38_143685_box_Incident_Summaries_173-233
Agency: Department of War
Page 76
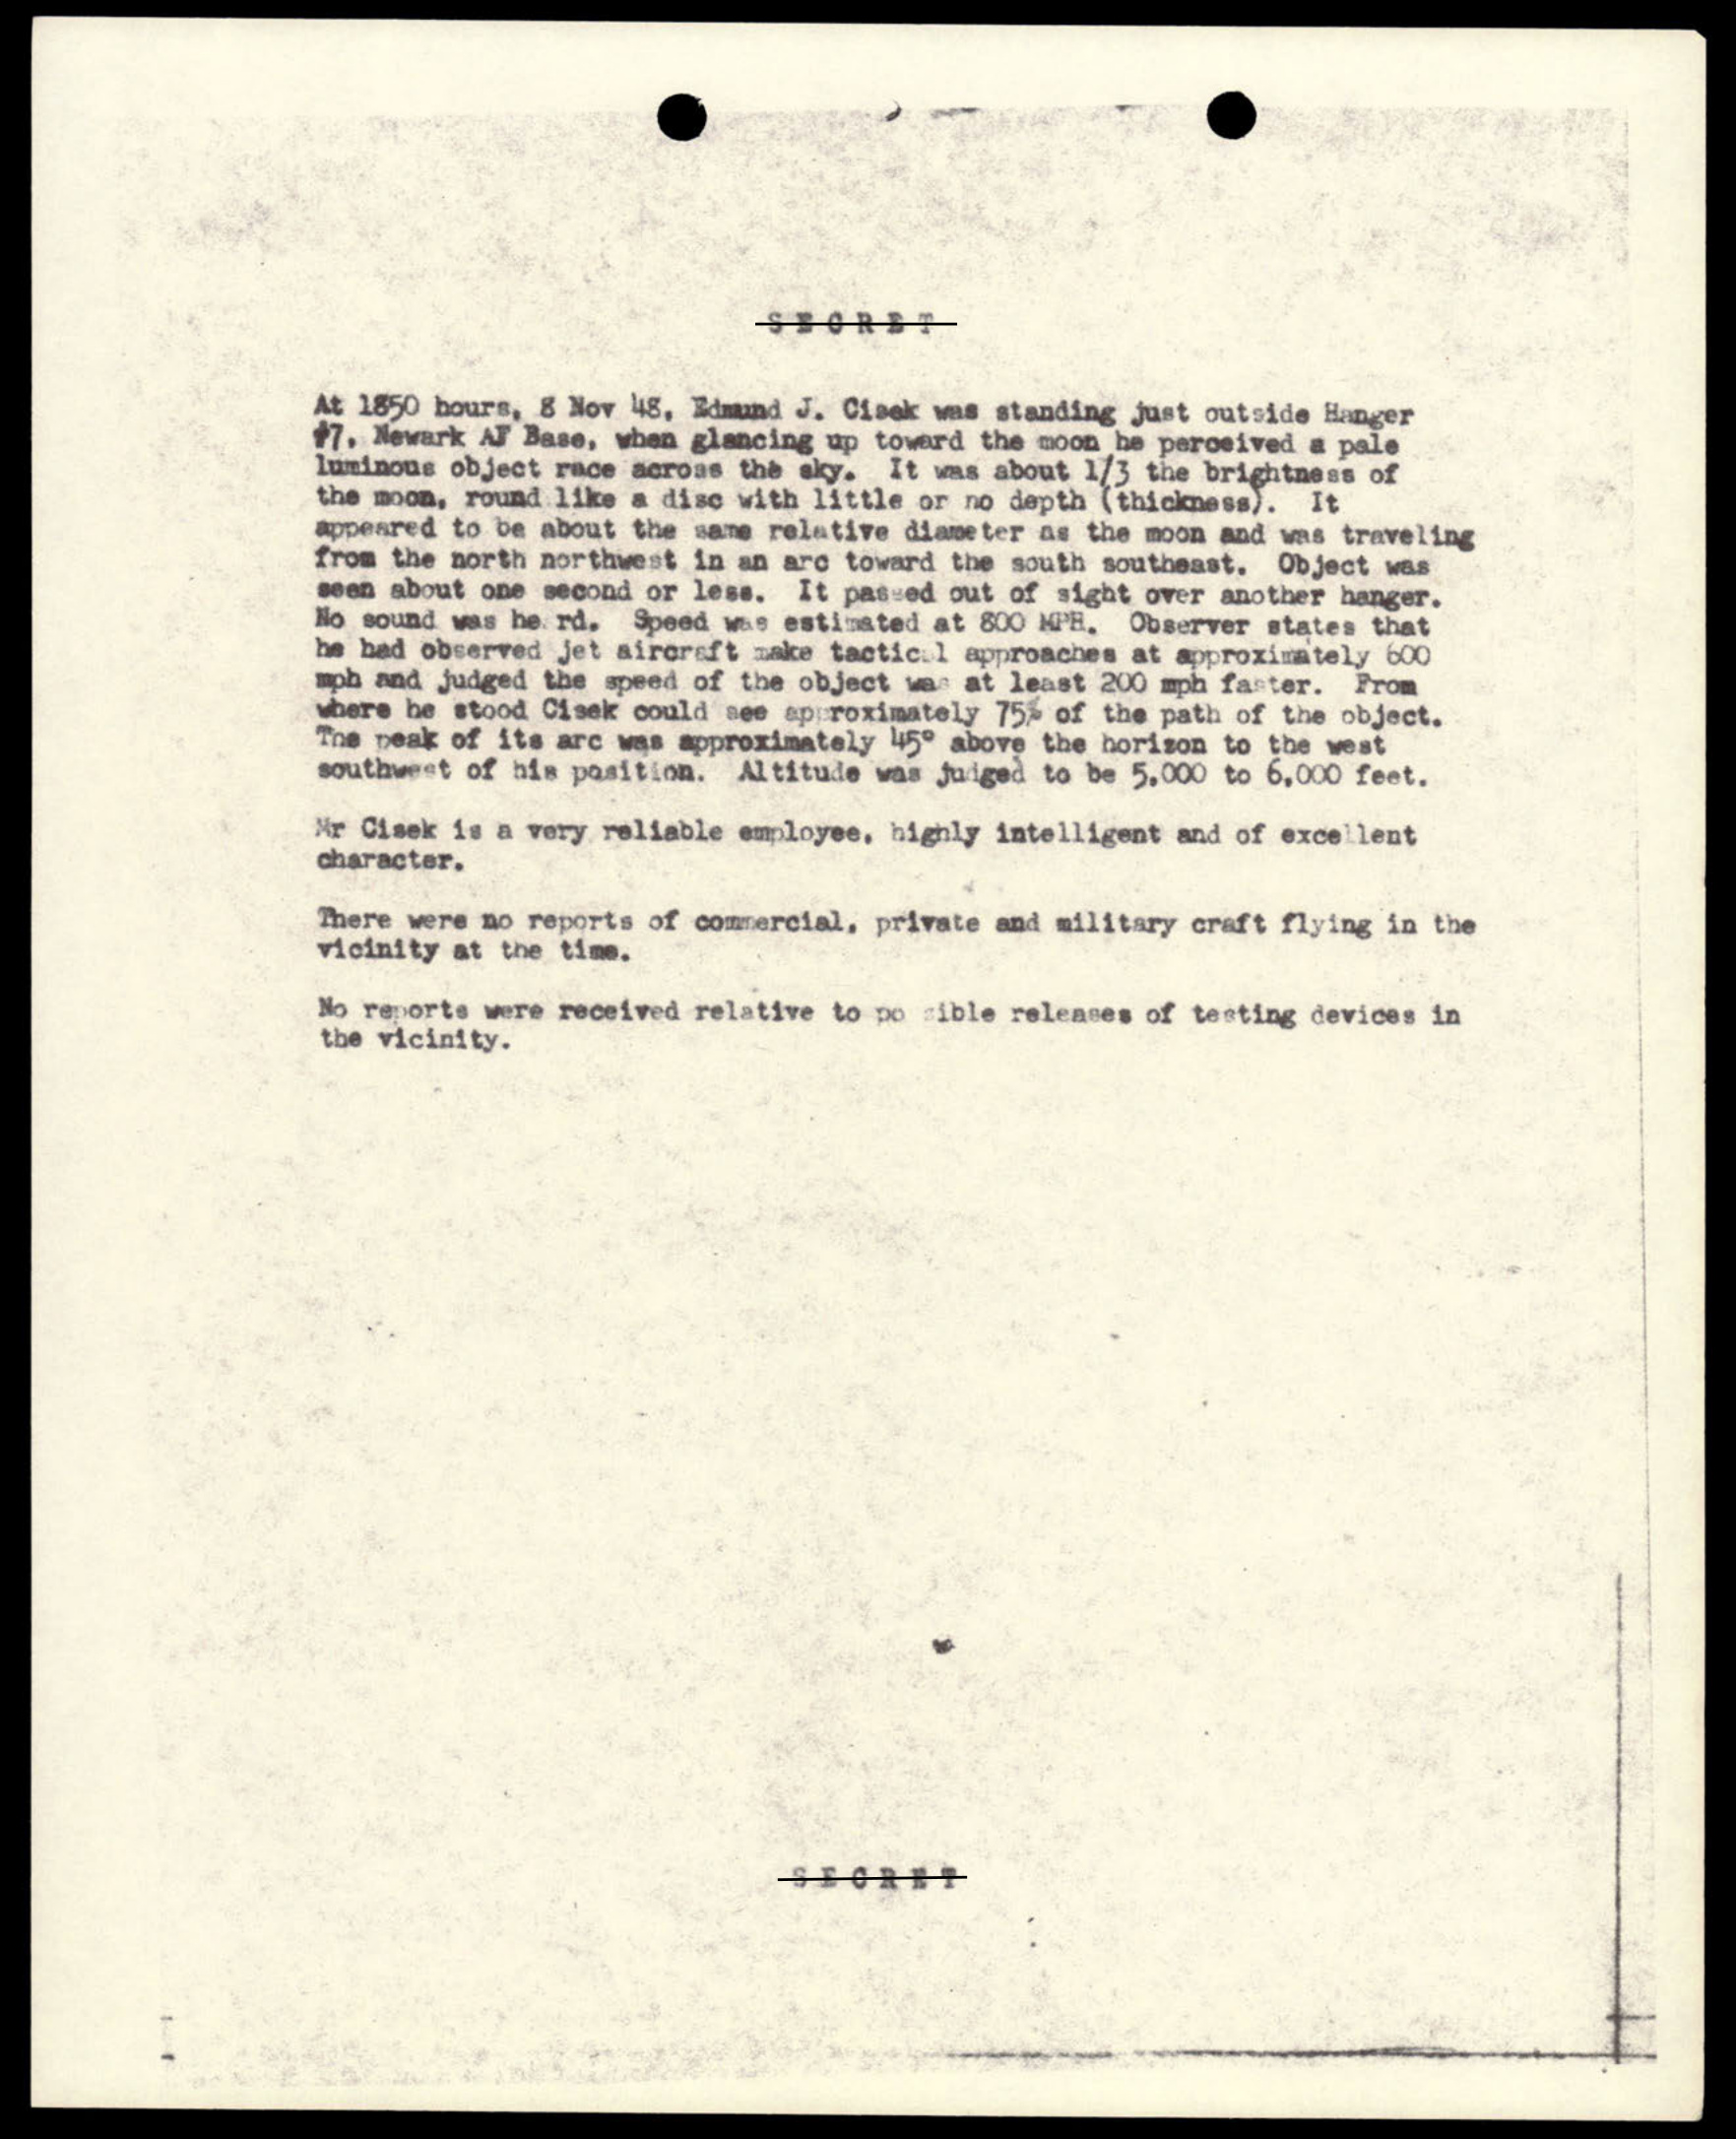